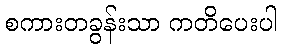
စကားတခွန်းသာ ကတိပေးပါ